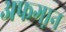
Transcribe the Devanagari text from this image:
अफगा़न